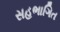
સહભાગિત